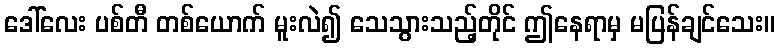
ဒေါ်လေး ပစ်တီ တစ်ယောက် မူးလဲ၍ သေသွားသည့်တိုင် ဤနေရာမှ မပြန်ချင်သေး။